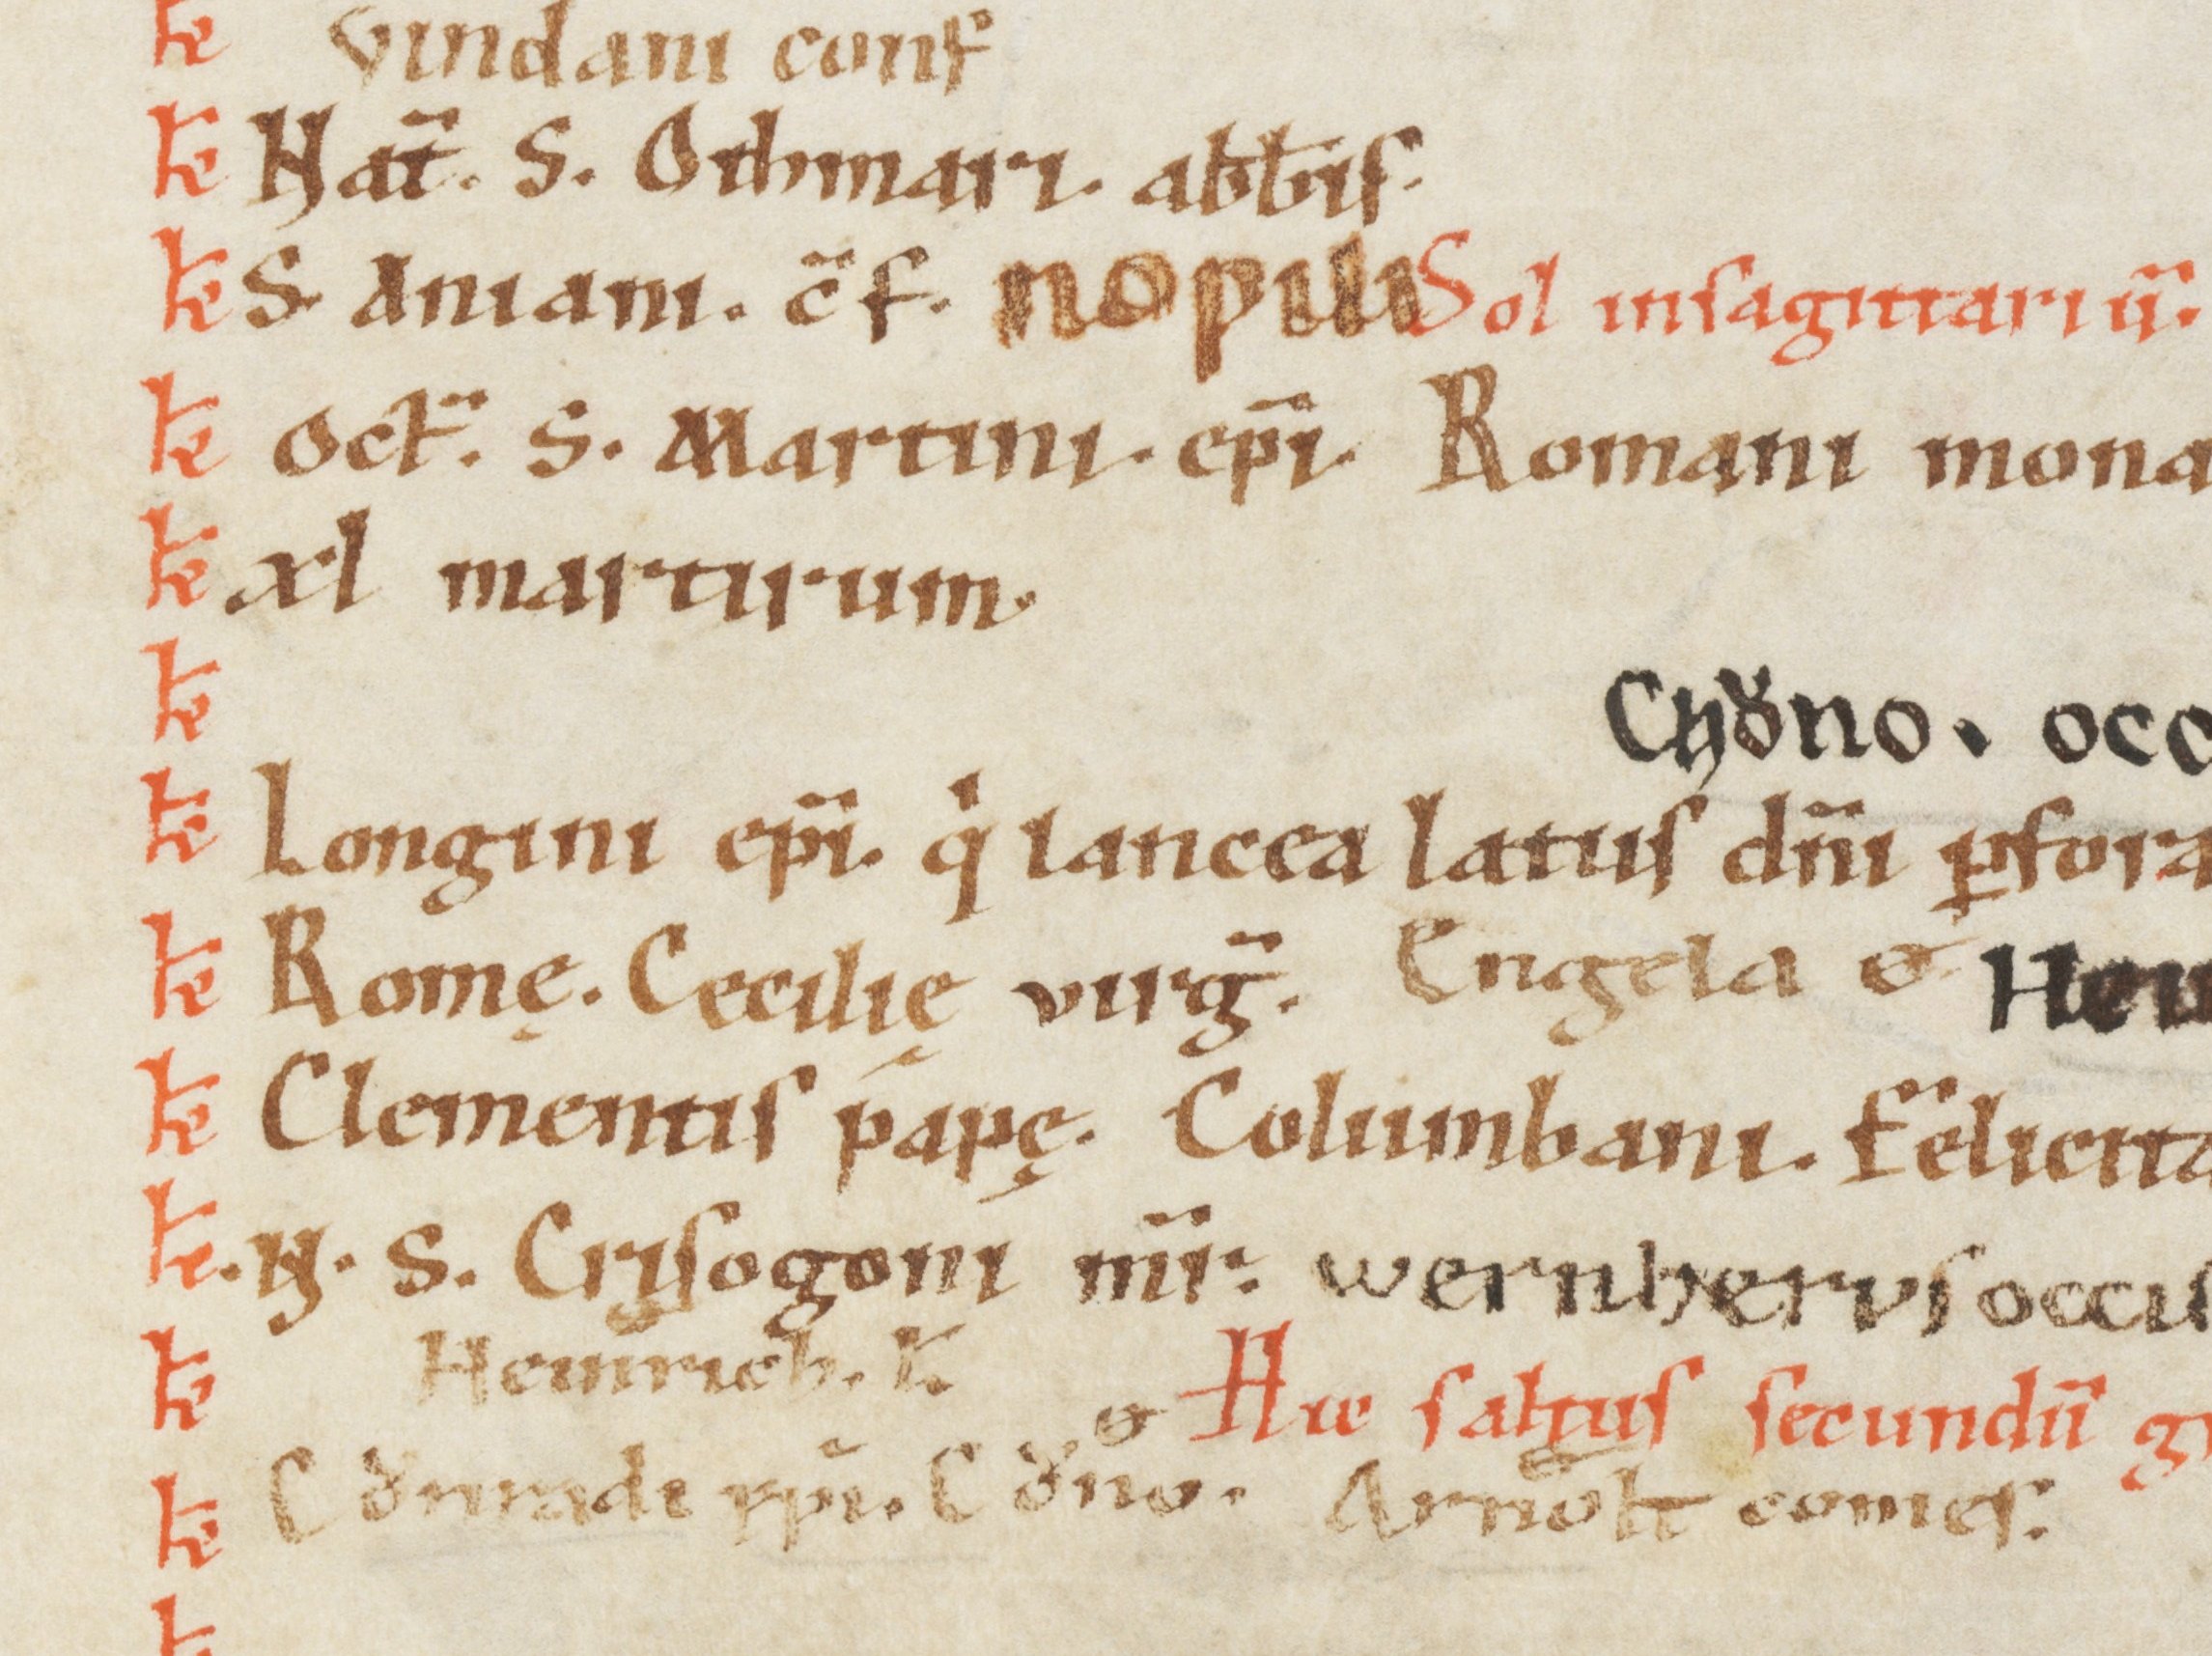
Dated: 1100–1199